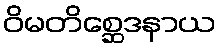
ဝိမတိစ္ဆေဒနာယ